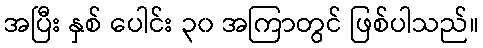
အပြီး နှစ် ပေါင်း ၃၀ အကြာတွင် ဖြစ်ပါသည်။